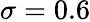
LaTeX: \sigma=0.6